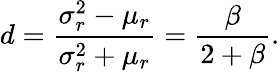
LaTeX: d=\frac{\sigma_{r}^{2}-\mu_{r}}{\sigma_{r}^{2}+\mu_{r}}=\frac{\beta}{2+\beta}.